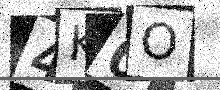
Text: 4K0O